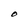
Character: O